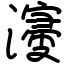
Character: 濅